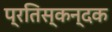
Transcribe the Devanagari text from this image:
प्रतिस्कन्दक